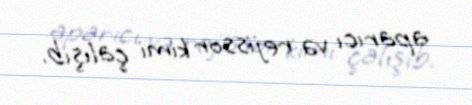
aparıcı və rejissor kimi çalışıb.